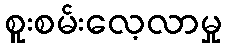
စူးစမ်းလေ့လာမှု